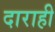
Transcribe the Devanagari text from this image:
दाराही